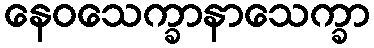
နေဝသေက္ခာနာသေက္ခာ